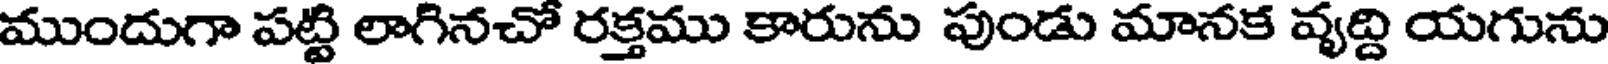
ముందుగా పట్టి లాగినచో రక్తము కారును పుండు మానక వృద్ది యగును